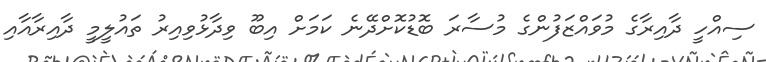
ސިއްހީ ދާއިރާގެ މުވައްޒަފުންގެ މުސާރަ ބޮޑުކޮށްދޭނެ ކަމަށް އިބޫ ވިދާޅުވިއިރު ތައުލީމީ ދާއިރާއާއި